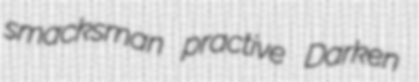
smacksman practive Darken